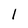
Character: l